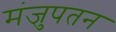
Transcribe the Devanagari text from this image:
मंजुपतन